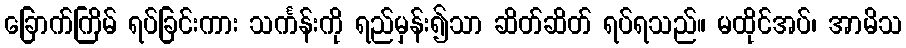
ခြောက်ကြိမ် ရပ်ခြင်းကား သင်္ကန်းကို ရည်မှန်း၍သာ ဆိတ်ဆိတ် ရပ်ရသည်။ မထိုင်အပ်၊ အာမိသ